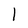
Character: l